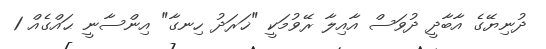
ދުނިޔޭގެ އާބާދީ ދުވަސް އާއިލާ ރޭވުމަކީ "ޚަރަދު ހިނގާ" އިންސާނީ ޙައްގެއް 1